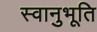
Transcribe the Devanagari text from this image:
स्‍वानुभूति